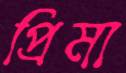
প্রিমা